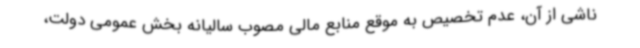
ناشی از آن، عدم تخصیص به موقع منابع مالی مصوب سالیانه بخش عمومی دولت،